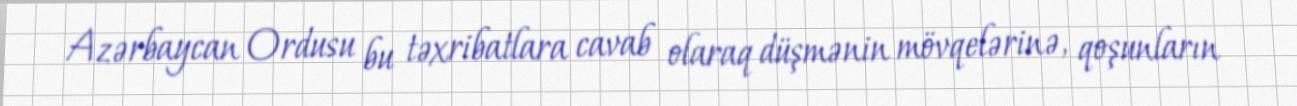
Azərbaycan Ordusu bu təxribatlara cavab olaraq düşmənin mövqelərinə, qoşunların